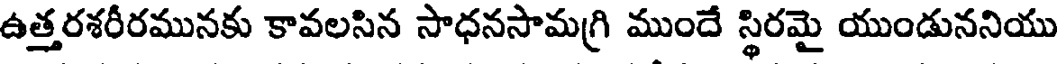
ఉత్తరశరీరమునకు కావలసిన సాధనసామగ్రి ముందే స్థిరమై యుండుననియు